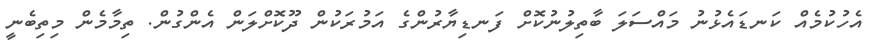
އެހުކުމެއް ކަނޑައެޅުނު މައްސަލަ ބާތިލުނުކޮށް ފަނޑިޔާރުންގެ އަމުރަކުން ދޫކޮށްލަން އެންގުން. ތިމާމެން މިތިބެނީ